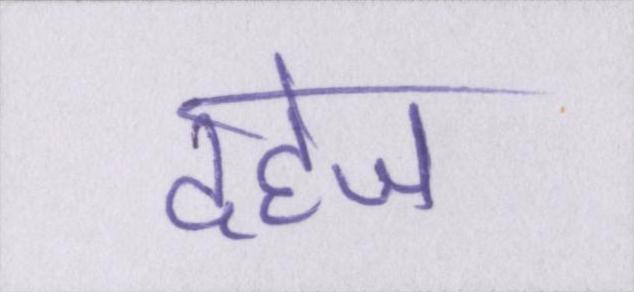
दहेज